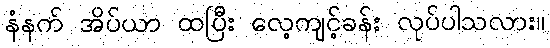
နံနက် အိပ်ယာ ထပြီး လေ့ကျင့်ခန်း လုပ်ပါသလား။